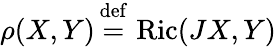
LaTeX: \rho(X,Y)\, {\stackrel{\mathrm{def}}{=}}\, \operatorname{Ric}(JX,Y)